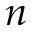
n